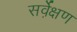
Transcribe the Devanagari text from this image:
सर्वे़क्षण